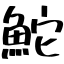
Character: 鮀